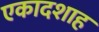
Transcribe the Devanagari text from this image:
एकादशाह